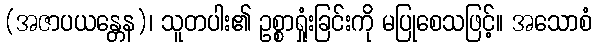
(အဇာပယန္တေန)၊ သူတပါး၏ ဥစ္စာရှုံးခြင်းကို မပြုစေသဖြင့်။ အသောစံ